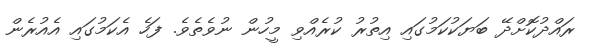
ރައްދުކޮށްދޭ ބަޔަކުކަމުގައި އިތުރު ކުރެއްވި މީހުން ނުވެތެވެ. ފަހެ އެކަމުގައި އެއުރެން